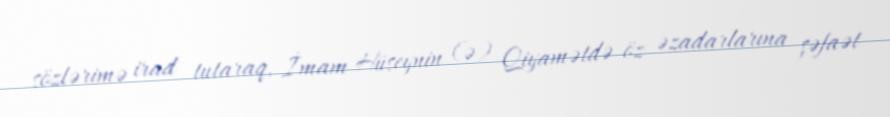
sözlərimə irad tutaraq, İmam Hüseynin (ə) Qiyamətdə öz əzadarlarına şəfaət